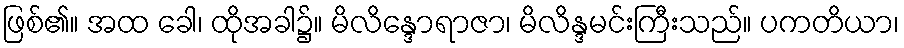
ဖြစ်၏။ အထ ခေါ၊ ထိုအခါ၌။ မိလိန္ဒောရာဇာ၊ မိလိန္ဒမင်းကြီးသည်။ ပကတိယာ၊